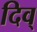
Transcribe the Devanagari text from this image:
दिव्‌